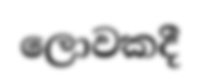
ලොවකදී